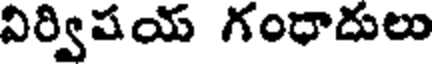
నిర్విషయ గంధాదులు